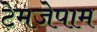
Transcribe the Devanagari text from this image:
टेमजेपाम